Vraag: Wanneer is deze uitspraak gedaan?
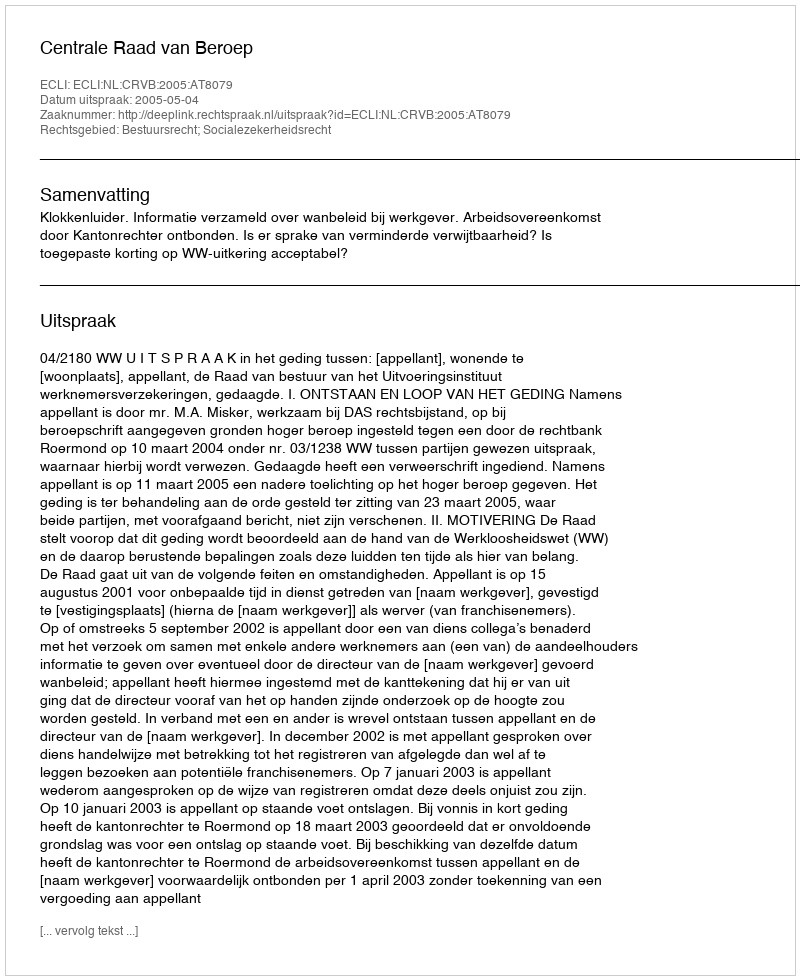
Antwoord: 2005-05-04